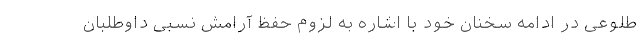
طلوعی در ادامه سخنان خود با اشاره به لزوم حفظ آرامش نسبی داوطلبان